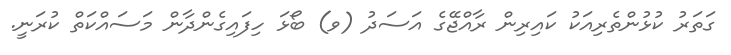
ގަތަރު ކުޅުންތެރިއަކު ކައިރިން ރާއްޖޭގެ އަސަދު (ވ) ބޯޅަ ހިފައިގެންދާން މަސައްކަތް ކުރަނީ.